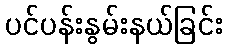
ပင်ပန်းနွမ်းနယ်ခြင်း